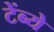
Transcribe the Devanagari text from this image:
टेंब्ये